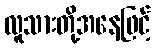
လူသားတို့အနေဖြင့်